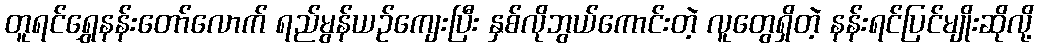
တူရင်ရွှေနန်းတော်လောက် ရည်မွန်ယဉ်ကျေးပြီး နှစ်လိုဘွယ်ကောင်းတဲ့ လူတွေရှိတဲ့ နန်းရင်ပြင်မျိုးဆိုလို့